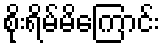
စိုးရိမ်မိကြောင်း